Eesti_Rahvusfond, lk 44
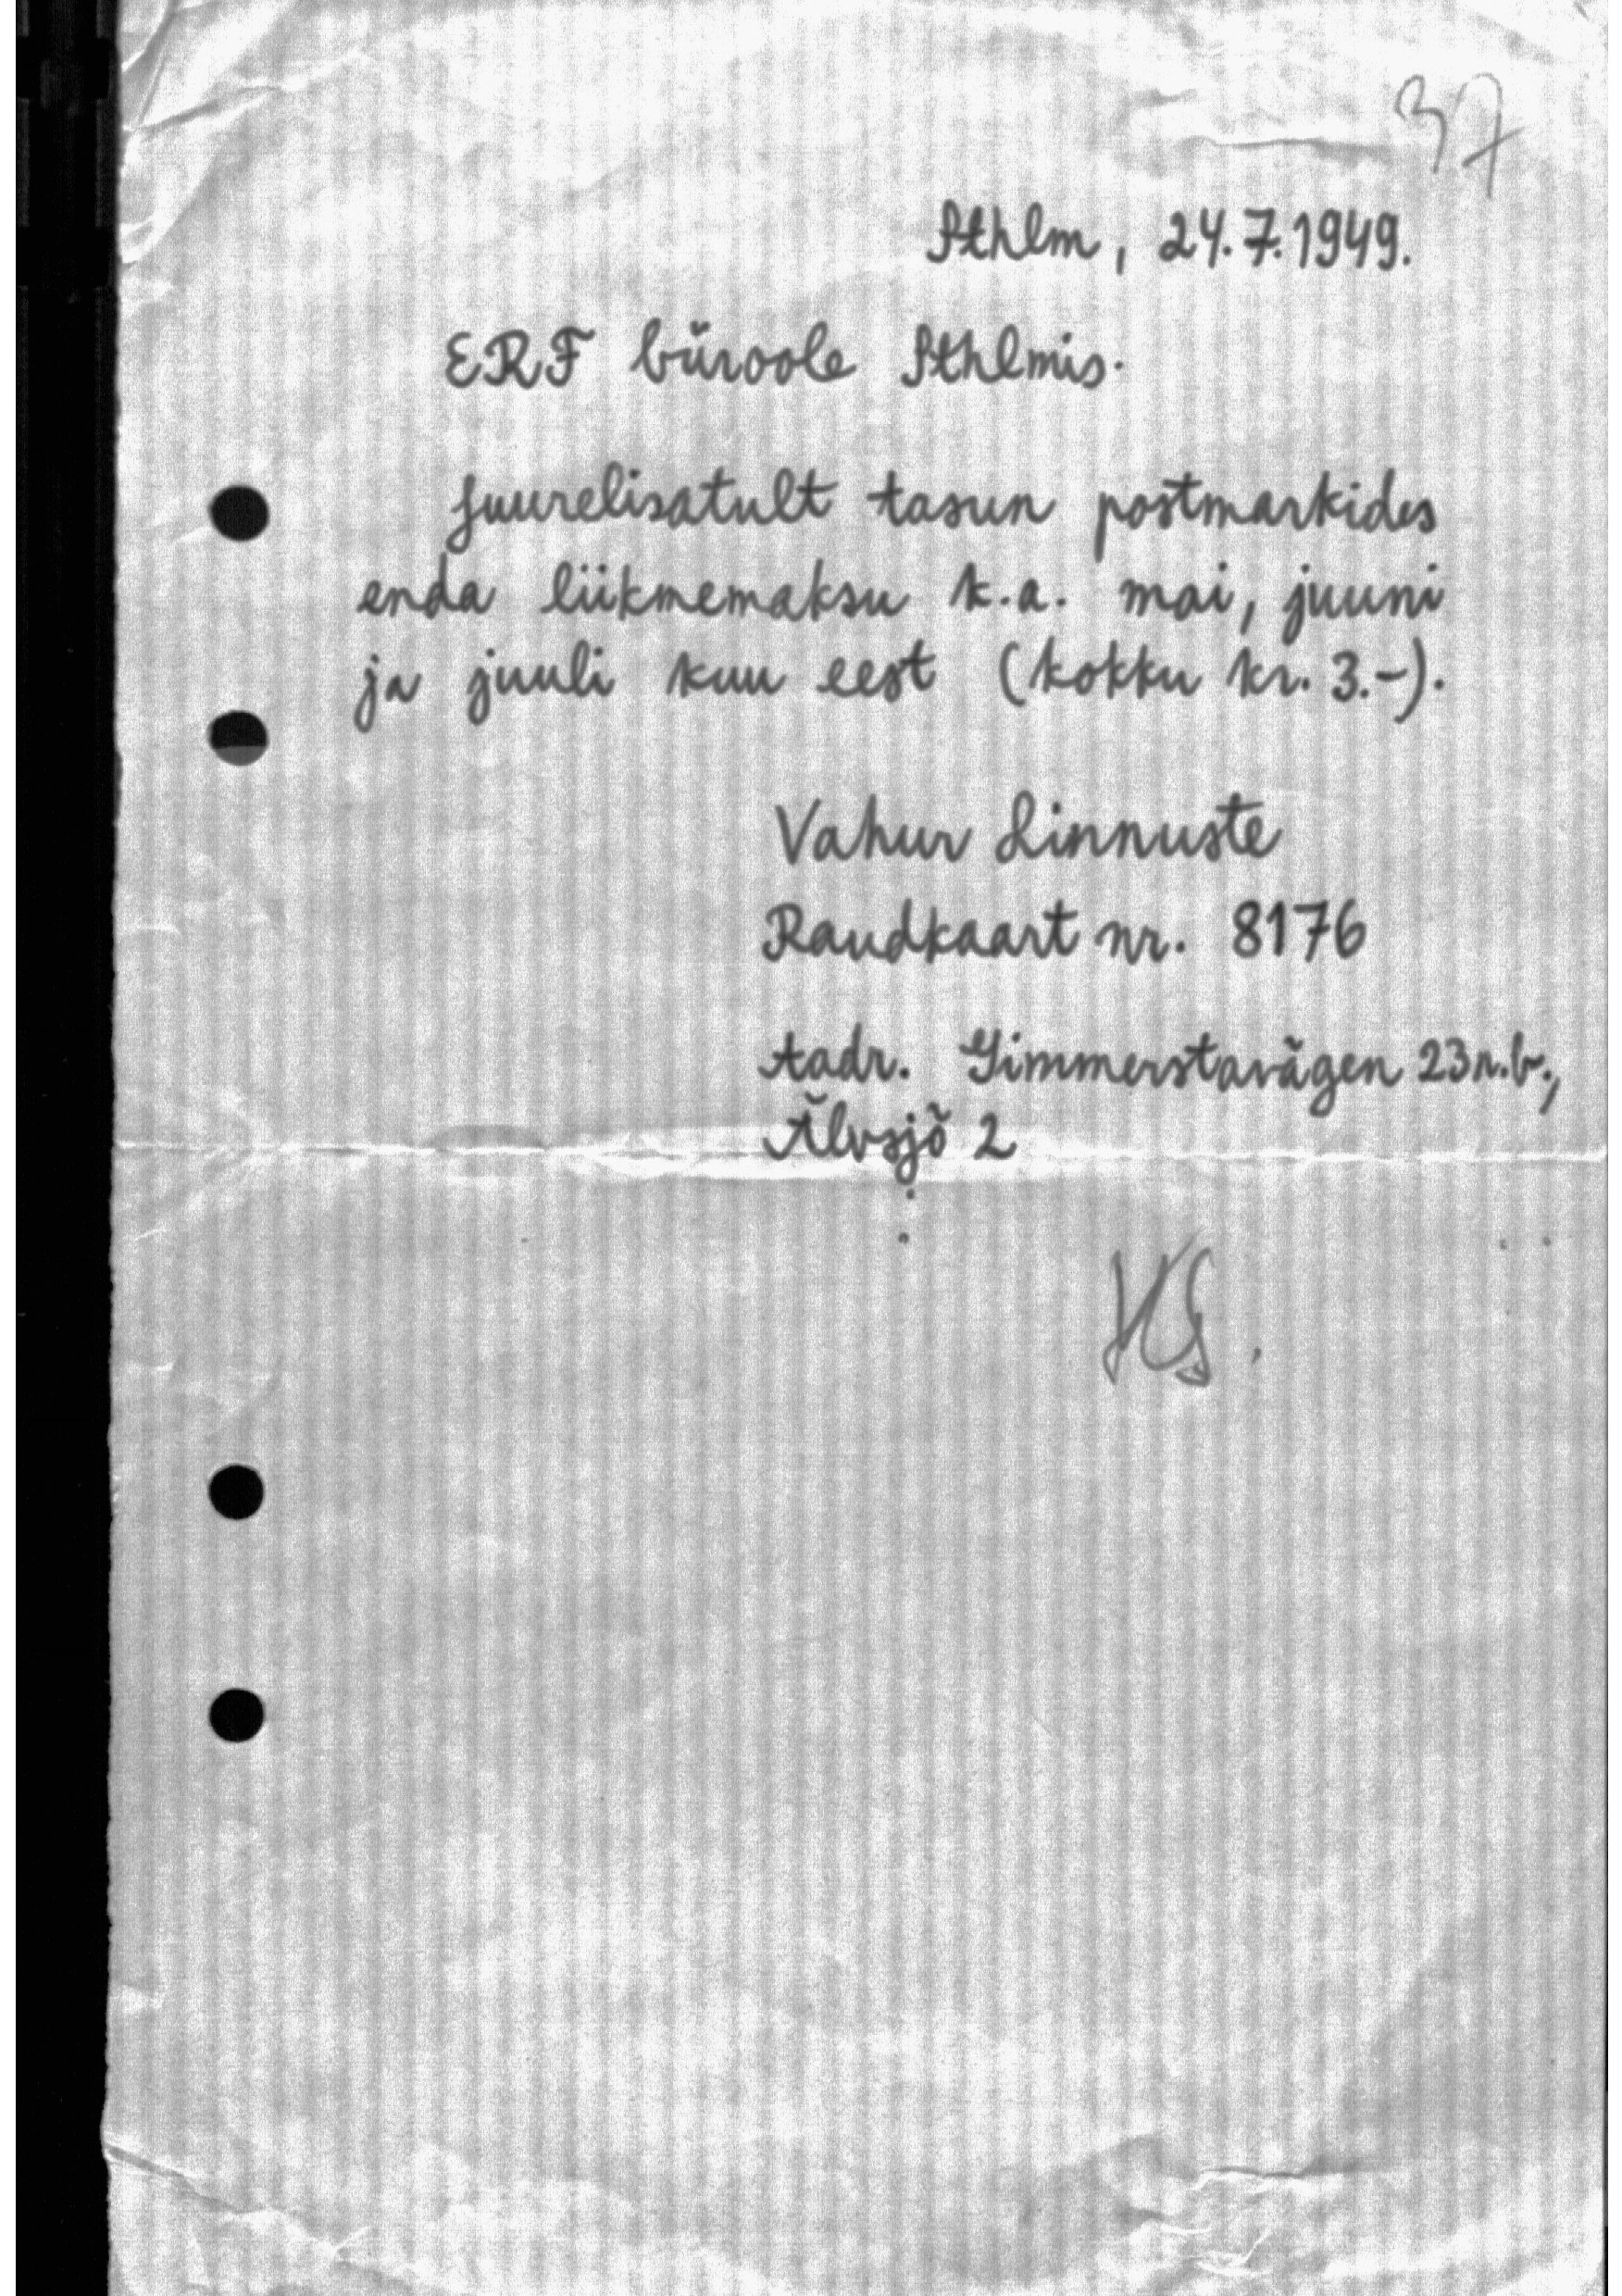
Sthlm, 24.7.1949.
ERF büroole Sthlmis.
Juurelisatult tasun postmarkides
enda liikmemaksu k.a. mai, juuni
ja juuli kuu eest (kokku kr. 3.)
Vahur Linnuste
Raudkaart nr. 8176
Aadr. Gimmerstavägen 23r.b.,
Alvsjõ 2